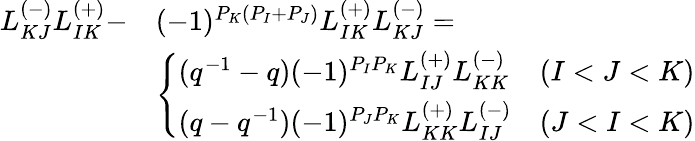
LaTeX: \begin{array}{ll}{{L_{KJ}^{(-)}L_{IK}^{(+)}-}}&{{(-1)^{P_{K}(P_{I}+P_{J})}L_{IK}^{(+)}L_{KJ}^{(-)}=}}\\ {{}}&{{\left\{ \begin{array}{ll}{{(q^{-1}-q)(-1)^{P_{I}P_{K}}L_{IJ}^{(+)}L_{KK}^{(-)}}}&{{(I<J<K)}}\\ {{(q-q^{-1})(-1)^{P_{J}P_{K}}L_{KK}^{(+)}L_{IJ}^{(-)}}}&{{(J<I<K)}}\end{array}\right.}}\end{array}